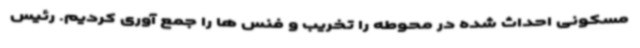
مسکونی احداث شده در محوطه را تخریب و فنس ها را جمع آوری کردیم. رئیس